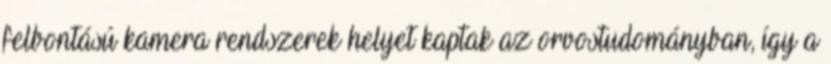
felbontású kamera rendszerek helyet kaptak az orvostudományban, így a